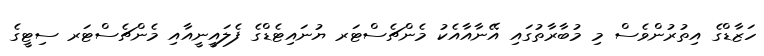
ހަޒާޑްގެ އިތުރުންވެސް މި މުބާރާތުގައި އޭނާއާއެކު މެންޗެސްޓަރ ޔުނައިޓެޑްގެ ފެލައީނީއާއި މެންޗެސްޓަރ ސިޓީގެ